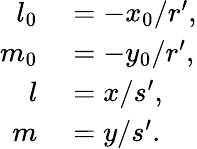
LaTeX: \begin{array}{rl}{l_{0}}&{{}=-x_{0}/r^{\prime},}\\ {m_{0}}&{{}=-y_{0}/r^{\prime},}\\ {l}&{{}=x/s^{\prime},}\\ {m}&{{}=y/s^{\prime}.}\end{array}